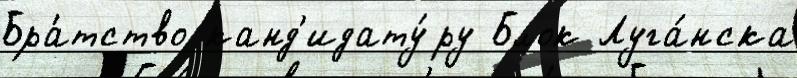
Бра́тство канд'идату́ру Блок Луга́нска